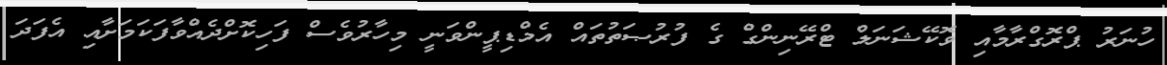
ހުނަރު ޕްރޮގްރާމާއި ވޮކޭޝަނަލް ޓްރޭނިންގް ގެ ފުރުޞަތުތައް އެމްޑިޕީންވަނީ މިހާރުވެސް ފަހިކޮށްދެއްވާފަކަމަށާއި އެފަދަ